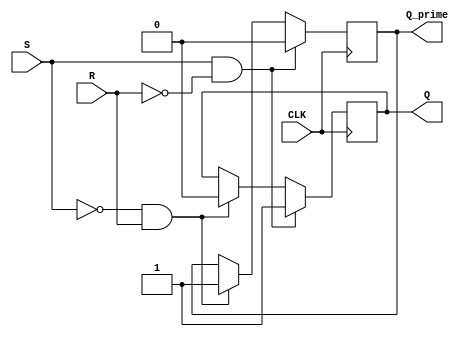
module sr_latch (
    input S,
    input R,
    input CLK,
    output reg Q,
    output reg Q_prime
);

always @(posedge CLK) begin
    if (S && ~R) begin
        Q <= 1;
        Q_prime <= 0;
    end else if (~S && R) begin
        Q <= 0;
        Q_prime <= 1;
    end else begin
        Q <= Q;
        Q_prime <= Q_prime;
    end
end

endmodule